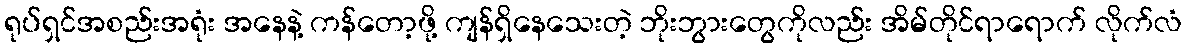
ရုပ်ရှင်အစည်းအရုံး အနေနဲ့ ကန်တော့ဖို့ ကျန်ရှိနေသေးတဲ့ ဘိုးဘွားတွေကိုလည်း အိမ်တိုင်ရာရောက် လိုက်လံ